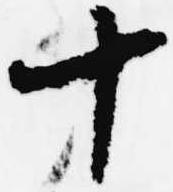
十